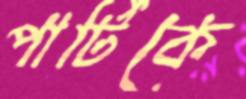
পার্টিকে